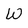
Character: W